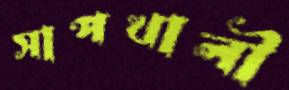
সাপখালী